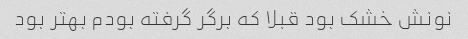
نونش خشک بود قبلا که برگر گرفته بودم بهتر بود